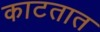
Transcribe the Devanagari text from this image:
काटतात